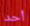
أحد